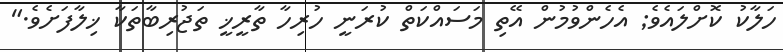
ހަލާކު ކޮށްލައެވެ; އެހެންވުމުން އޭތި މަސައްކަތް ކުރަނީ ހުރިހާ ތާރީޚީ ތަޖުރިބާތަކާ ޚިލާފަށެވެ."